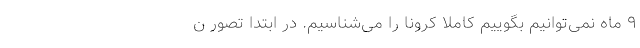
۹ ماه نمی‌توانیم بگوییم کاملا کرونا را می‌شناسیم. در ابتدا تصور ن